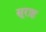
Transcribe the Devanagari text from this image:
सूराह